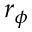
r _ { \phi }